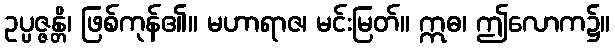
ဥပ္ပဇ္ဇန္တိ၊ ဖြစ်ကုန်၏။ မဟာရာဇ၊ မင်းမြတ်။ ဣဓ၊ ဤလောက၌။